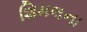
શિમલના